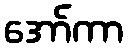
အော်ကာ